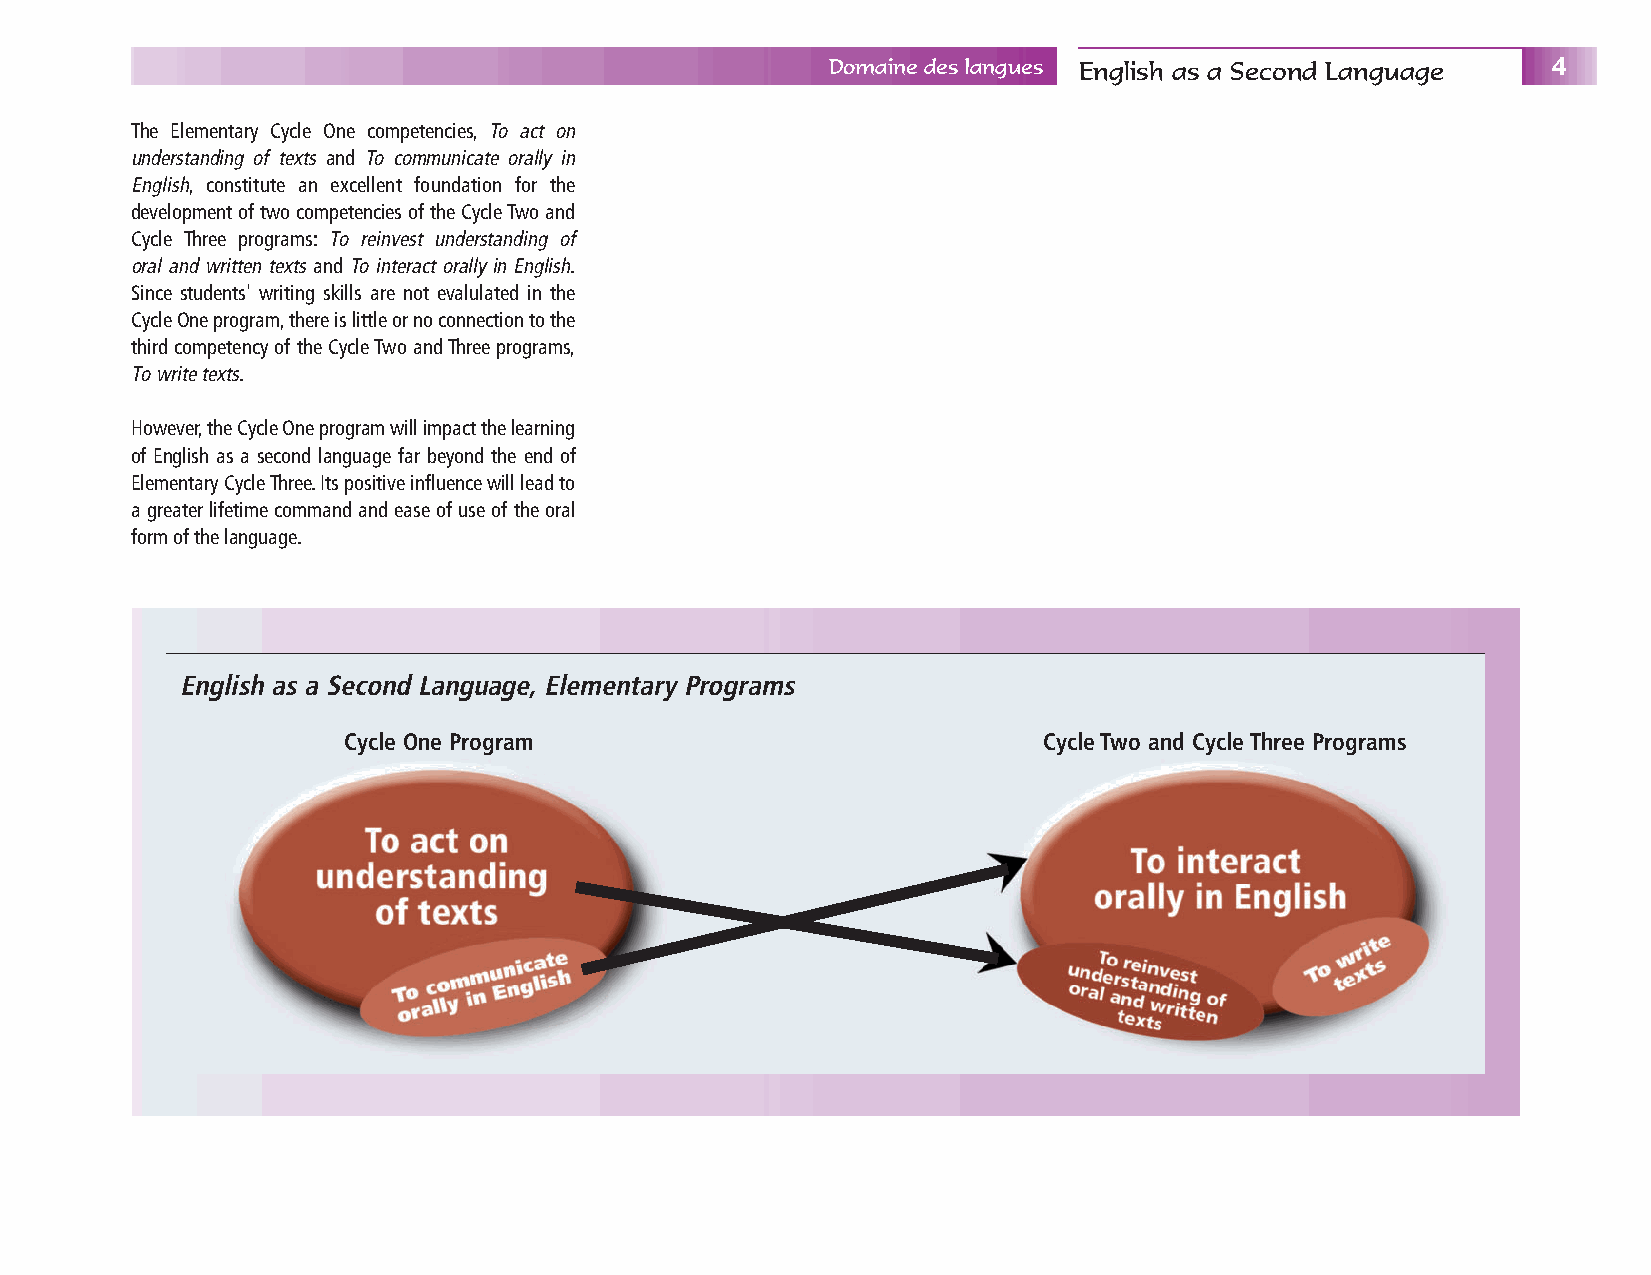
Domaine des langues English as a Second Language 4
 The Elementary Cycle One competencies, To act on
 understanding of texts and To communicate orally in
 English, constitute an excellent foundation for the
 development of two competencies of the Cycle Two and
 Cycle Three programs: To reinvest understanding of
 oral and written texts and To interact orally in English.
 Since students' writing skills are not evalulated in the
 Cycle One program,there is little or no connection to the
 third competency of the Cycle Two and Three programs,
 To write texts.
 However,the Cycle One program will impact the learning
 of English as a second language far beyond the end of
 Elementary Cycle Three.Its positive influence will lead to
 a greater lifetime command and ease of use of the oral
 form of the language.
 English as a Second Language, Elementary Programs
 Cycle One Program                             Cycle Two and Cycle Three Programs